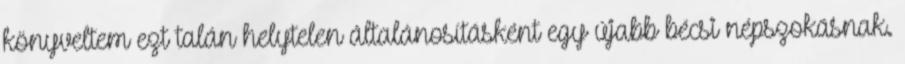
könyveltem ezt talán helytelen általánosításként egy újabb bécsi népszokásnak.